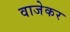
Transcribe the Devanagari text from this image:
वाजेकर